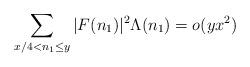
LaTeX: \begin{align*} \sum_{x/4 < n_1 \le y} |F(n_1)|^2 \Lambda(n_1) = o(y x^2 )\end{align*}